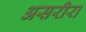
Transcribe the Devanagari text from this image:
असरीरा